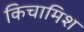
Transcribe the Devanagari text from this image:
किचामिश